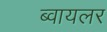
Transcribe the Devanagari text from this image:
ब्वायलर